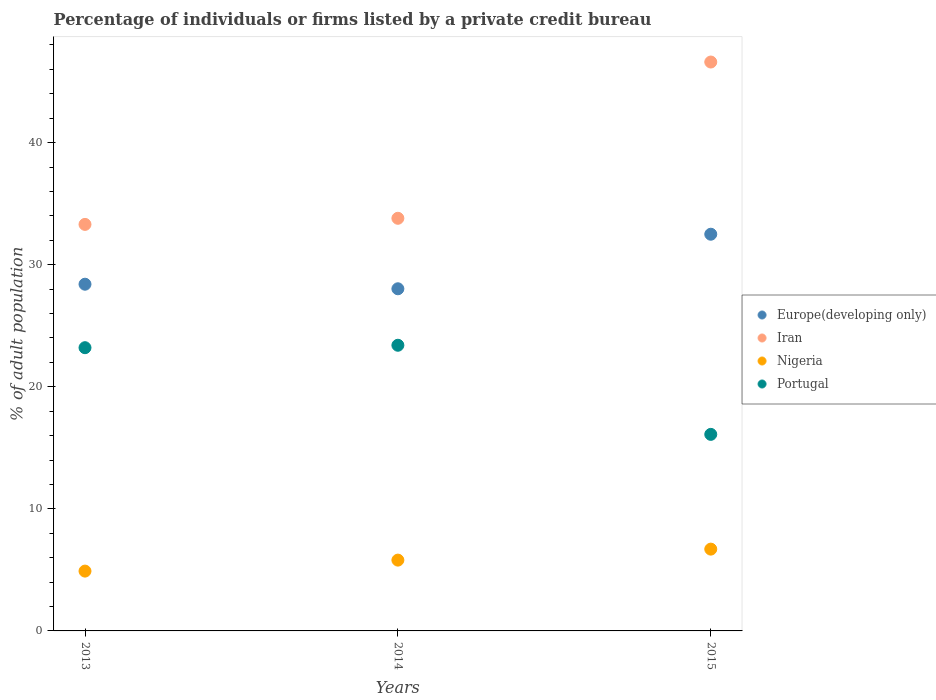
| Years | Europe(developing only) | Iran | Nigeria | Portugal |
 | --- | --- | --- | --- | --- |
 | 2013 | 28.4 | 33.3 | 4.9 | 23.2 |
 | 2014 | 28 | 33.8 | 5.8 | 23.4 |
 | 2015 | 32.5 | 46.6 | 6.7 | 16.1 |